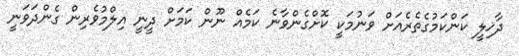
ދާޚިލީ ކަންކަމުގެތެރެއަށް ވަނުމަކީ ކޮށްގެންވާނެ ކަމެއް ނޫން ކަމަށް ދީނީ އިލްމުވެރިން ގެންދަވަނީ